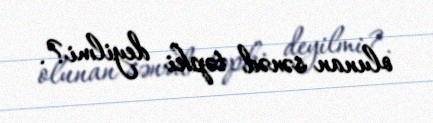
olunan sənəd təpki deyilmi?.